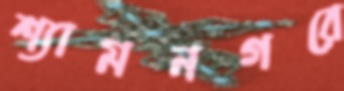
শ্যামনগরে